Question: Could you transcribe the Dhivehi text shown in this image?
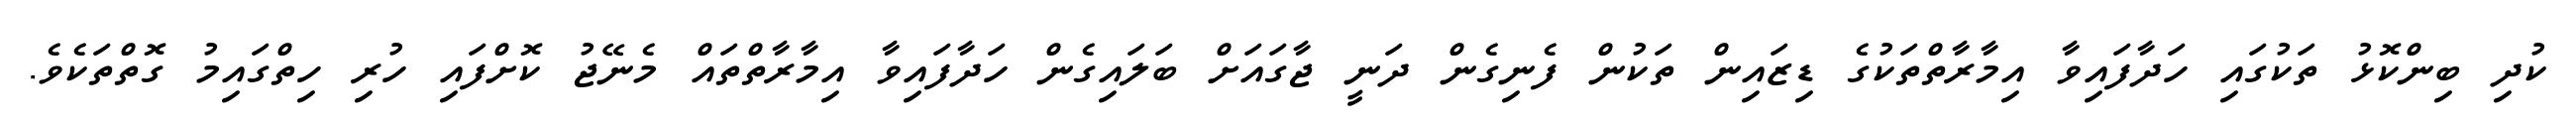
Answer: ކުދި ބިންކޮޅު ތަކުގައި ހަދާފައިވާ އިމާރާތްތަކުގެ ޑިޒައިން ތަކުން ފެނިގެން ދަނީ ޖާގައަށް ބަލައިގެން ހަދާފައިވާ އިމާރާތްތައް މެނޭޖު ކޮށްފައި ހުރި ހިތްގައިމު ގޮތްތަކެވެ.